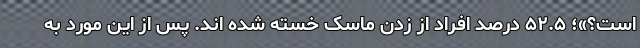
است؟»؛ ۵۲.۵ درصد افراد از زدن ماسک خسته شده­ اند. پس از این مورد به